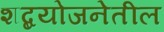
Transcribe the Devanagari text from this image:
शब्दयोजनेतील